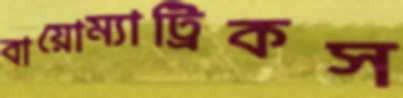
বায়োম্যাট্রিকস